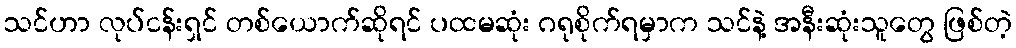
သင်ဟာ လုပ်ငန်းရှင် တစ်ယောက်ဆိုရင် ပထမဆုံး ဂရုစိုက်ရမှာက သင်နဲ့ အနီးဆုံးသူတွေ ဖြစ်တဲ့